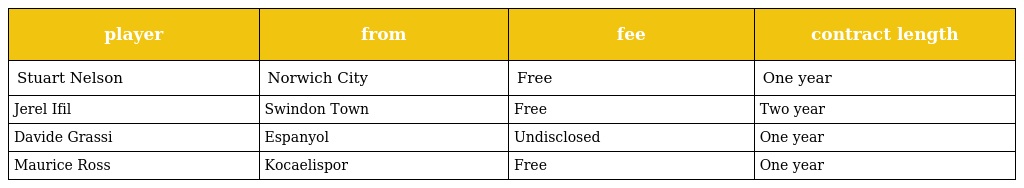
| player | from | fee | contract length |
 | --- | --- | --- | --- |
 | Stuart Nelson | Norwich City | Free | One year |
 | Jerel Ifil | Swindon Town | Free | Two year |
 | Davide Grassi | Espanyol | Undisclosed | One year |
 | Maurice Ross | Kocaelispor | Free | One year |